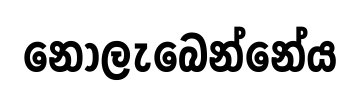
නොලැබෙන්නේය